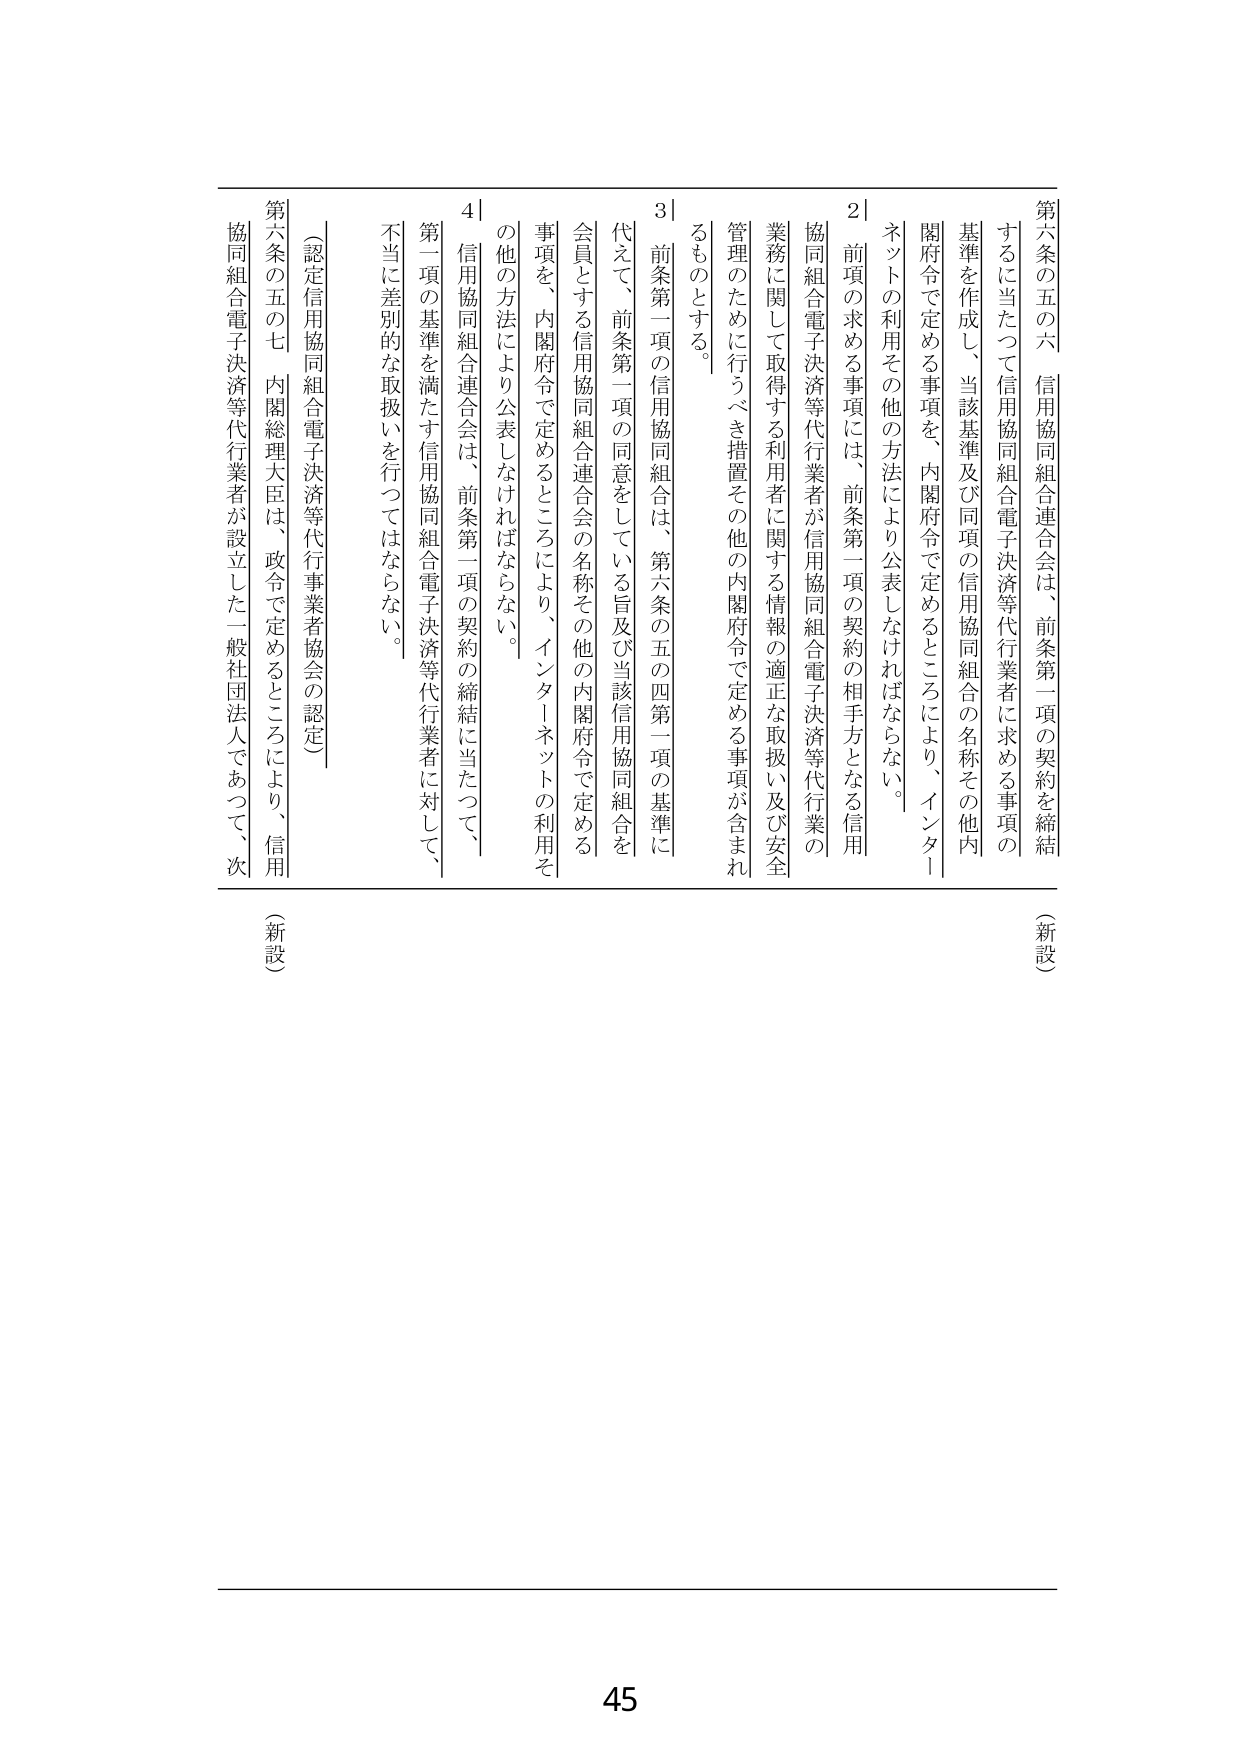
第六条の五の六 信用協同組合連合会は、前条第一項の契約を締結するに当たつて信用協同組合電子決済等代行業者に求める事項の基準を作成し、当該基準及び同項の信用協同組合の名称その他内閣府令で定める事項を、内閣府令で定めるところにより、インターネットの利用その他の方法により公表しなければならない。

２ 前項の求める事項には、前条第一項の契約の相手方となる信用協同組合電子決済等代行業者が信用協同組合電子決済等代行業の業務に関して取得する利用者に関する情報の適正な取扱い及び安全管理のために行うべき措置その他の内閣府令で定める事項が含まれるものとする。

３ 前条第一項の信用協同組合は、第六条の五の四第一項の基準に代えて、前条第一項の同意をしている旨及び当該信用協同組合を会員とする信用協同組合連合会の名称その他の内閣府令で定める事項を、内閣府令で定めるところにより、インターネットの利用その他の方法により公表しなければならない。

４ 信用協同組合連合会は、前条第一項の契約の締結に当たつて、第一項の基準を満たす信用協同組合電子決済等代行業者に対して、不当に差別的な取扱いを行つてはならない。

（認定信用協同組合電子決済等代行業者協会の認定）

第六条の五の七 内閣総理大臣は、政令で定めるところにより、信用協同組合電子決済等代行業者が設立した一般社団法人であつて、次

（新設）

（新設）

45